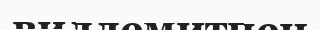
виллемитпен